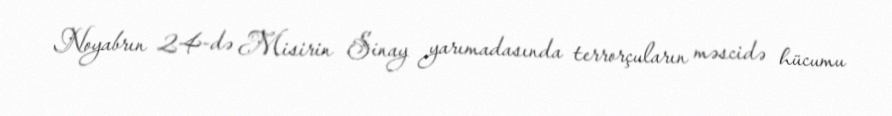
Noyabrın 24-də Misirin Sinay yarımadasında terrorçuların məscidə hücumu